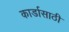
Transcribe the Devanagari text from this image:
कार्डासाठी